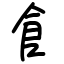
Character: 𩙿